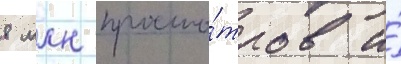
8 млн просмо́тров и́